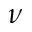
\nu